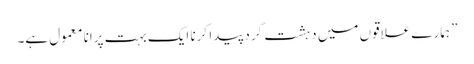
” ہمارے علاقوں میں دہشت گرد پیدا کرنا ایک بہت پرانا معمول ہے۔